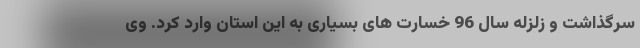
سرگذاشت و زلزله سال 96 خسارت های بسیاری به این استان وارد کرد. وی